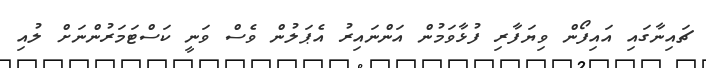
ޗައިނާގައި އައިފޯން ވިޔަފާރި ފުޅާވަމުން އަންނައިރު އެޕަލުން ވެސް ވަނީ ކަސްޓަމަރުންނަށް ލުއި